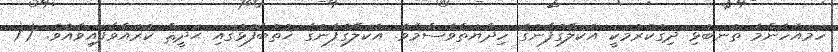
ހަމައެހެންމެ ތުނބުޅި ދިގުކުރުމަކީ އެކަލޭގެފާނުގެ ހިދާޔަތްވެސްމެވެ. އެކަލޭގެފާނުގެ ޚުތުބާފުޅުގައި ޙަދީޘް ކުރައްވާފައިވެއެވެ. ((